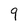
Character: 9